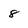
Character: 8